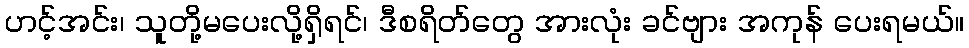
ဟင့်အင်း၊ သူတို့မပေးလို့ရှိရင်၊ ဒီစရိတ်တွေ အားလုံး ခင်ဗျား အကုန် ပေးရမယ်။